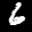
Label: 6